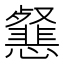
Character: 𢤰